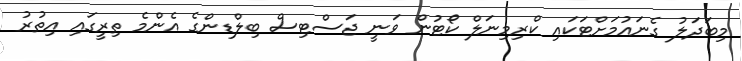
މިބަދަލު ގެނައުމަށްޓަކައި ކްރިމިނަލް ކޯޓުން ވަނީ ޖަސްޓިސް ބިލްޑިންގެ އެންމެ ތިރީގައި އިތުރު